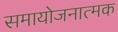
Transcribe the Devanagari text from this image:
समायोजनात्मक